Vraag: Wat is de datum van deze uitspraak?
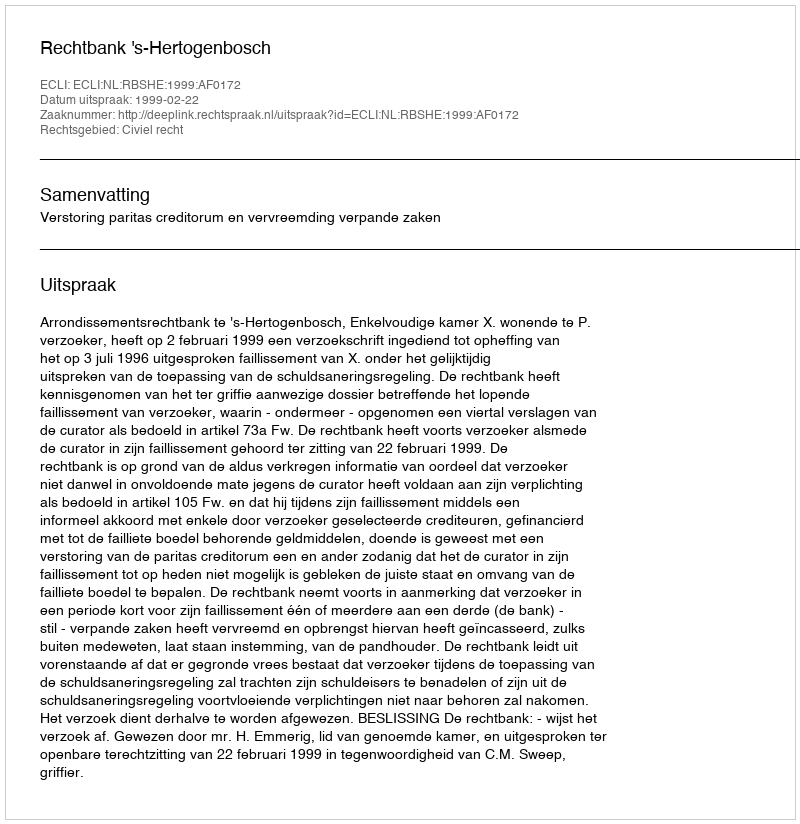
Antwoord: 1999-02-22